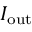
I _ { \mathrm { o u t } }